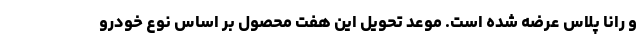
و رانا پلاس عرضه شده است. موعد تحویل این هفت محصول بر اساس نوع خودرو